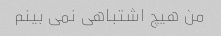
من هیچ اشتباهی نمی بینم